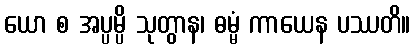
ယော စ အပ္ပမ္ပိ သုတွာန၊ ဓမ္မံ ကာယေန ပဿတိ။